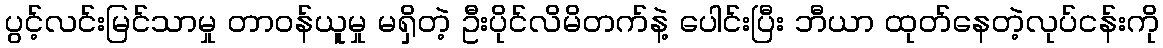
ပွင့်လင်းမြင်သာမှု တာဝန်ယူမှု မရှိတဲ့ ဦးပိုင်လိမိတက်နဲ့ ပေါင်းပြီး ဘီယာ ထုတ်နေတဲ့လုပ်ငန်းကို